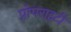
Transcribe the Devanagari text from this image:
प्रोपराइटी